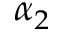
\alpha _ { 2 }